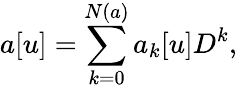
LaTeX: a[u]=\sum_{k=0}^{N(a)}a_{k}[u]D^{k},